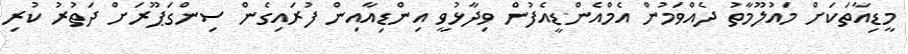
މީޑިއާތަކަށް މައުލޫމާތު ދެއްވަމުން އެމްއެންޑީއެފުން ވިދާޅުވީ އިންޑިއާއިން ފުރައިގެން ސިންގަޕޫރަށް ދަތުުރު ކުރި